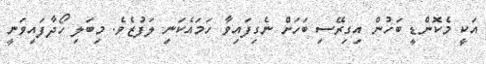
އަކީ މެކޮންޑީ ބަހުން އިގިރޭސި ބަހަށް ނެގިފައިވާ ހަމައެކަނި ލަފުޒެވެ. މިބަލި ހޯދާފައިވަނީ